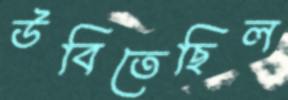
উবিতেছিল